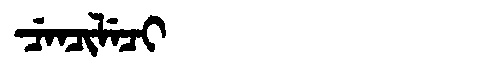
Manchu: ᠴᡝᠨᠴᡳᠯᡝᠴᡳ
Romanization: CENCILECI